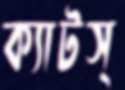
ক্যাটস্